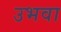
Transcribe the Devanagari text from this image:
उभवा